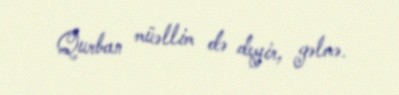
Qurban müəllim də deyir, gəlmə.